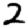
Digit: 2